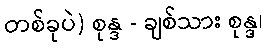
တစ်ခုပဲ) စုန္ဒ - ချစ်သား စုန္ဒ၊